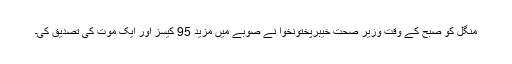
منگل کو صبح کے وقت وزیر صحت خیبرپختونخوا نے صوبے میں مزید 95 کیسز اور ایک موت کی تصدیق کی۔